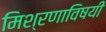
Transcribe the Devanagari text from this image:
मिश्रणाविषयी